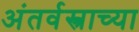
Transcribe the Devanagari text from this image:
अंतर्वस्त्राच्या